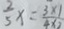
\frac { 2 } { 5 } x = \frac { 3 \times 1 } { 4 \times 2 }